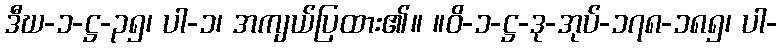
ဒီဃ-၁-ဋ္ဌ-၃၅၊ ပါ-၁၊ အကျယ်ပြထား၏။ ။ဝိ-၁-ဋ္ဌ-ဒု-အုပ်-၁၇၈-၁၈၅၊ ပါ-